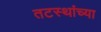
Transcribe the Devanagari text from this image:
तटस्थांच्या